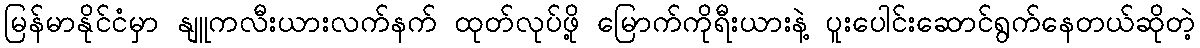
မြန်မာနိုင်ငံမှာ နျူကလီးယားလက်နက် ထုတ်လုပ်ဖို့ မြောက်ကိုရီးယားနဲ့ ပူးပေါင်းဆောင်ရွက်နေတယ်ဆိုတဲ့